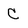
Character: C